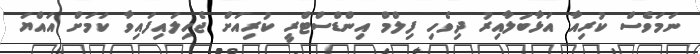
ނަމަވެސް ކުރިއާ އަޅާބަލާއިރު ދިވެހި ފިލްމް އިންޑްސްޓްރީ ކުރިއަށް ޖެހިލައިފައިވާ ކަމަށް އައްޔަ